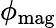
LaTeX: \phi_{\textrm{mag}}